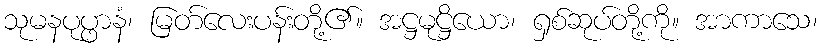
သုမနပုပ္ဖာနံ၊ မြတ်လေးပန်းတို့၏။ အဋ္ဌမုဋ္ဌိယော၊ ရှစ်ဆုပ်တို့ကို။ အာကာသေ၊